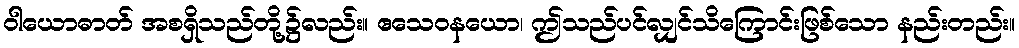
ဝါယောဓာတ် အစရှိသည်တို့၌လည်း။ ဧသေဝနယော၊ ဤသည်ပင်လျှင်သိကြောင်းဖြစ်သော နည်းတည်း။